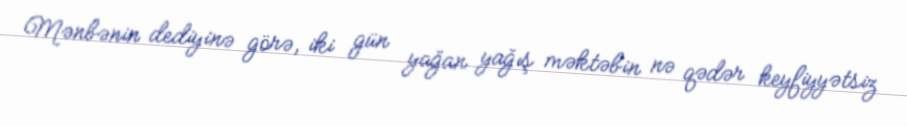
Mənbənin dediyinə görə, iki gün yağan yağış məktəbin nə qədər keyfiyyətsiz